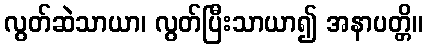
လွတ်ဆဲသာယာ၊ လွတ်ပြီးသာယာ၍ အနာပတ္တိ။